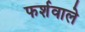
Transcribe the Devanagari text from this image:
फर्शवाले